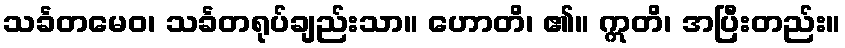
သင်္ခတမေဝ၊ သင်္ခတရုပ်ချည်းသာ။ ဟောတိ၊ ၏။ ဣတိ၊ အပြီးတည်း။